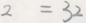
2 = 3 2